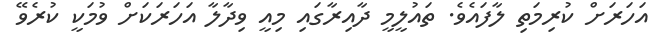
އަހަރަށް ކުރިމަތި ލާފައެވެ. ތައުލީމީ ދާއިރާގައި މިއީ ވިދާލާ އަހަރަކަށް ވުމަކީ ކުރެވޭ